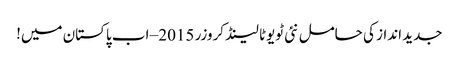
جدید انداز کی حامل نئی ٹویوٹا لینڈ کروزر 2015 – اب پاکستان میں!